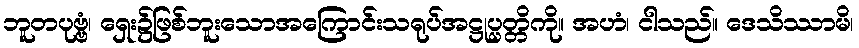
ဘူတပုဗ္ဗံ၊ ရှေး၌ဖြစ်ဘူးသောအကြောင်းသရုပ်အဋ္ဌုပ္ပတ္တိကို။ အဟံ၊ ငါသည်။ ဒေသိဿာမိ၊